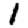
Digit: 1